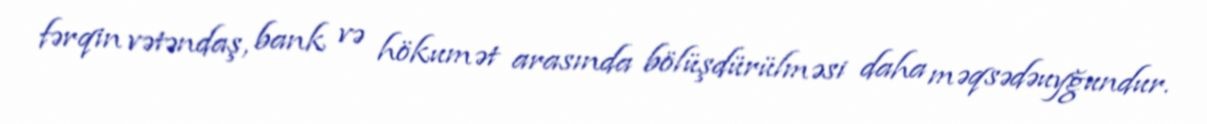
fərqin vətəndaş, bank və hökumət arasında bölüşdürülməsi daha məqsədəuyğundur.